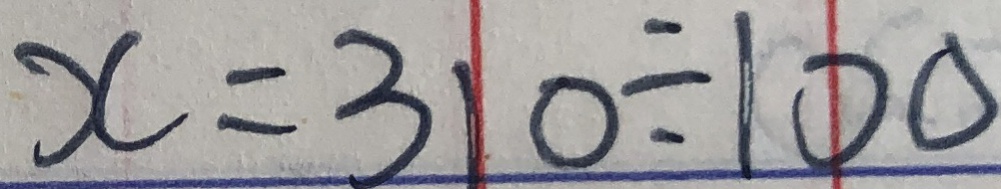
x = 3 0 \div 1 0 0